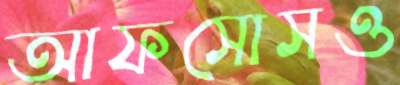
আফসোসও